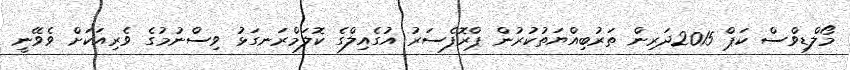
މޯލްޑިވްސް ކަޕް 2015ދަރިން ތަރުބިއްޔަތުކުރުން ޕްރޮފެސަރު އުގެއިލްގެ ކޮލަމްރަނގަޅު ވިސްނުމުގެ ވެރިއަކަށް ވެވޭނީ